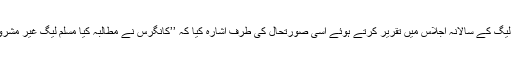
اکتوبر 1937ء میں قائداعظم نے مسلم لیگ کے سالانہ اجلاس میں تقریر کرتے ہوئے اسی صورتحال کی طرف اشارہ کیا کہ ’’کانگرس نے مطالبہ کیا مسلم لیگ غیر مشروط طور پر اس کی اطاعت قبول کرے۔